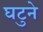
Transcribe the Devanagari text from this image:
घटुने